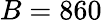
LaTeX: B=860